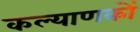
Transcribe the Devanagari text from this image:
कल्याणकों